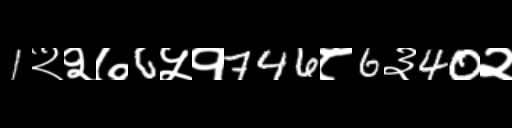
Text: 1२२७6५१746८6३40२